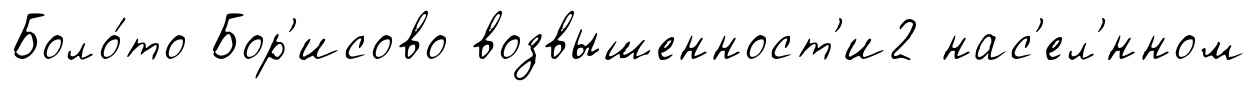
Боло́то Бор'исово возвышенност'и2 нас'ел'́нном